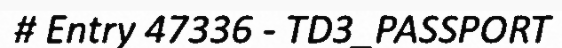
# Entry 47336 - TD3_PASSPORT